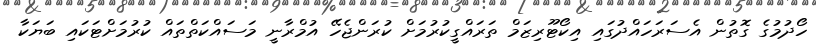
ހޯދުމުގެ ގޮތުން އެސަރަހައްދުގައި އިކޯޓޫރިޒަމް ތަރައްގީކުރުމަށް ކުރަންޖެހޭ އުމްރާނީ މަސައްކަތްތައް ކުރުމަށްޓަކައި ބަޔަކާ